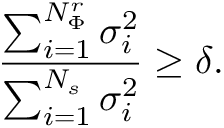
\frac { \sum _ { i = 1 } ^ { N _ { \Phi } ^ { r } } \sigma _ { i } ^ { 2 } } { \sum _ { i = 1 } ^ { N _ { s } } \sigma _ { i } ^ { 2 } } \ge \delta .